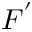
F ^ { ' }